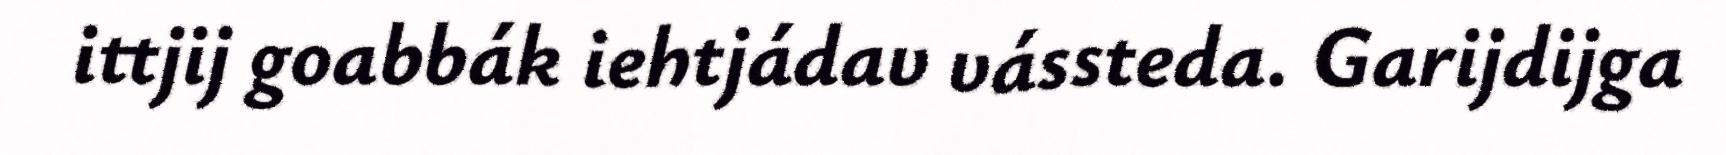
ittjij goabbák iehtjádav vássteda. Garijdijga